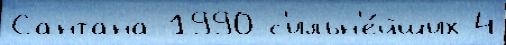
Сантана 1990 с'ильн'е́йших 4